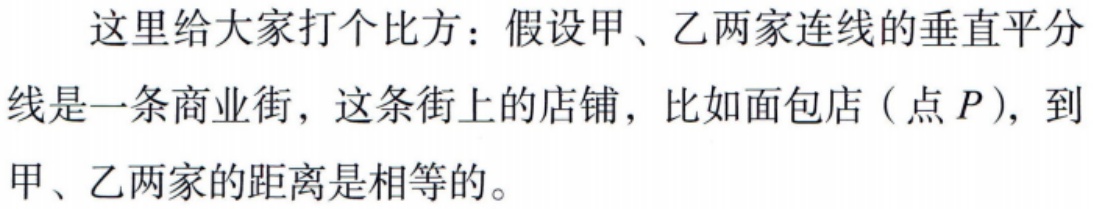
这里给大家打个比方：假设甲、乙两家连线的垂直平分线是一条商业街，这条街上的店铺，比如面包店（点\(P\)），到甲、乙两家的距离是相等的。